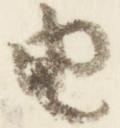
由